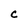
Character: C